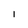
Character: I